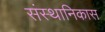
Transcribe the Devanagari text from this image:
संस्थानिकास